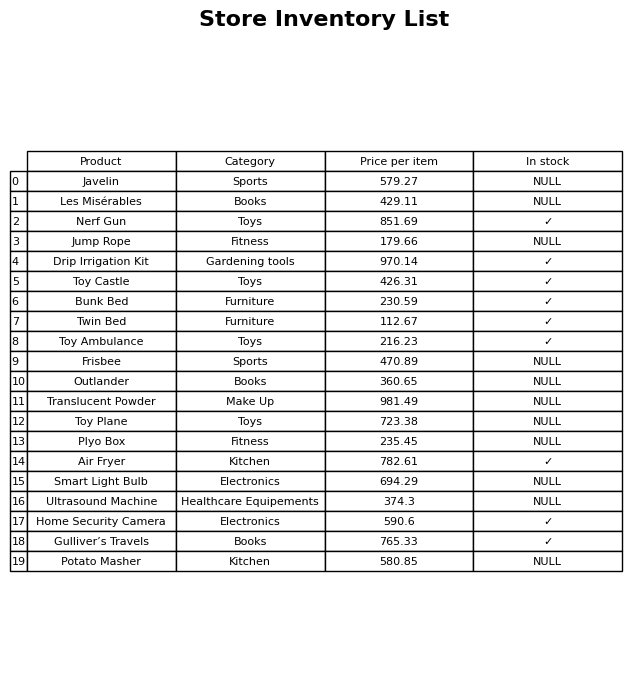
question: What is the price for Bunk Bed?
answer: The price of Bunk Bed is 230.59.